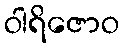
ဝါရိဇောဝ